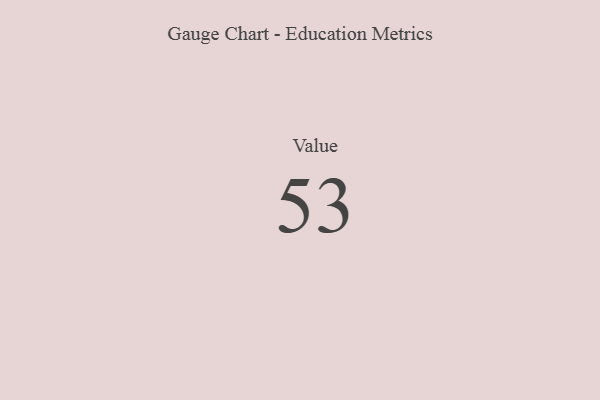
{"axis": {"x": "Metric", "y": "Value"}, "legend": [""], "data": [{"x": "Value", "y": 53, "type": ""}]}